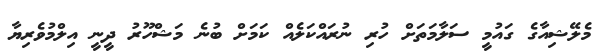
މެލޭޝިއާގެ ގައުމީ ސަލާމަތަށް ހުރި ނުރައްކަލެއް ކަމަށް ބުނެ މަޝްހޫރު ދީނީ އިލްމުވެރިޔާ